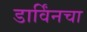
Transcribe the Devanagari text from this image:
डार्विंनचा